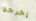
إخرجوا